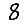
Digit: 8